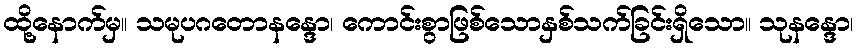
ထို့နောက်မှ။ သမုပဂတောနန္ဒော၊ ကောင်းစွာဖြစ်သောနှစ်သက်ခြင်းရှိသော။ သုနန္ဒော၊